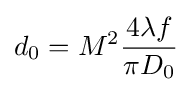
d_{0}=M^{2}{4\lambda f \over \pi D_{0}}